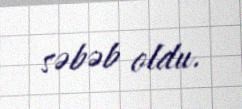
səbəb oldu.